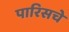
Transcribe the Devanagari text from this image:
पारिसचे